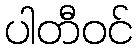
ပါတီဝင်